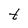
Character: t